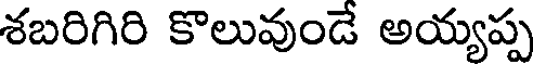
శబరిగిరి కొలువుండే అయ్యప్ప